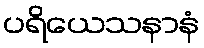
ပရိယေသနာနံ